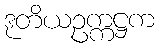
ဒုတိယဥက္ကဋ္ဌက